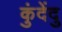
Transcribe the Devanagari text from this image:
कुंदेंदु